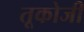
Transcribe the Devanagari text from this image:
तूकोजी